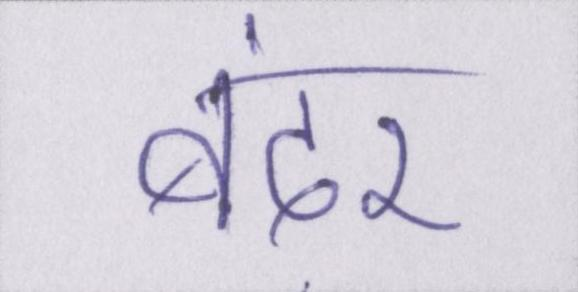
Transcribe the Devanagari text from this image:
बंदर